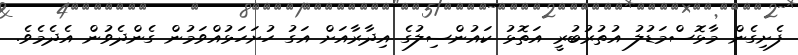
ފެށިގެން މާޅޮސްމަޑުލު އުތުރުބުރީ އަތޮޅު ކައުންސިލުގެ އިދާރާއަށް އަގު ހުށަހަޅުއްވަމުން ގެންދެވުން އެދެމެވެ.